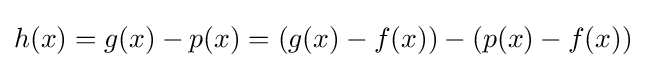
h(x)=g(x)-p(x)=(g(x)-f(x))-(p(x)-f(x))